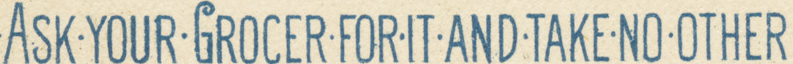
ASK.YOUR.GROCER.FOR.IT.AND.TAKE.NO.OTHER